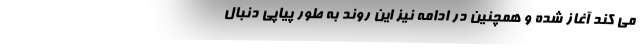
می کند آغاز شده و همچنین در ادامه نیز این روند به طور پیاپی دنبال